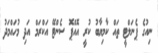
ނިއުގެ ޕެނަލްޓީ ތައް ކާމިޔާބު ކުރީ އޮއްޕޮ ސެންޓޭ އަކްރަމް އަދި މުހައްމަދު